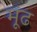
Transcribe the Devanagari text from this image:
मूंढ